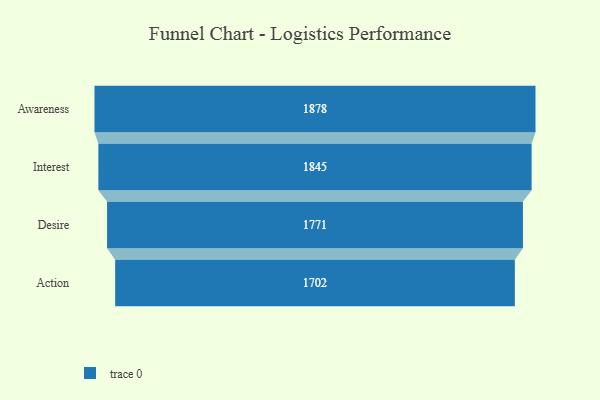
{"axis": {"x": "Stage", "y": "Value"}, "legend": [""], "data": [{"x": "Awareness", "y": 1878.0, "type": ""}, {"x": "Interest", "y": 1845.0, "type": ""}, {"x": "Desire", "y": 1771.0, "type": ""}, {"x": "Action", "y": 1702.0, "type": ""}]}